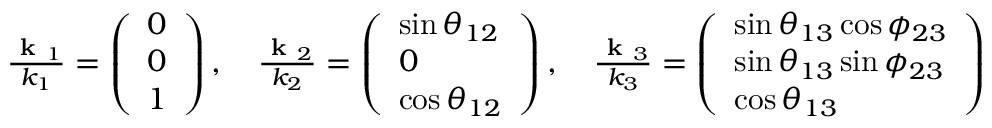
\begin{array} { r } { \frac { \textbf { k } _ { 1 } } { k _ { 1 } } = \left( \begin{array} { l } { 0 } \\ { 0 } \\ { 1 } \end{array} \right) , \quad \frac { \textbf { k } _ { 2 } } { k _ { 2 } } = \left( \begin{array} { l } { \sin \theta _ { 1 2 } } \\ { 0 } \\ { \cos \theta _ { 1 2 } } \end{array} \right) , \quad \frac { \textbf { k } _ { 3 } } { k _ { 3 } } = \left( \begin{array} { l } { \sin \theta _ { 1 3 } \cos \phi _ { 2 3 } } \\ { \sin \theta _ { 1 3 } \sin \phi _ { 2 3 } } \\ { \cos \theta _ { 1 3 } } \end{array} \right) } \end{array}